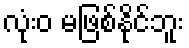
လုံးဝ မဖြစ်နိုင်ဘူး